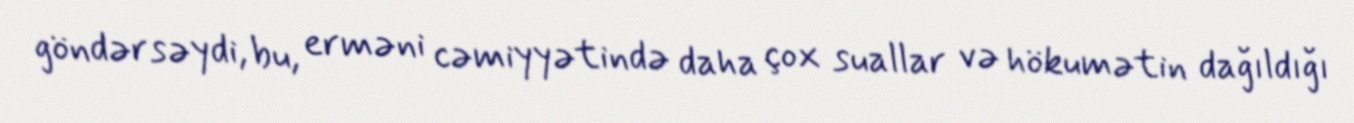
göndərsəydi, bu, erməni cəmiyyətində daha çox suallar və hökumətin dağıldığı